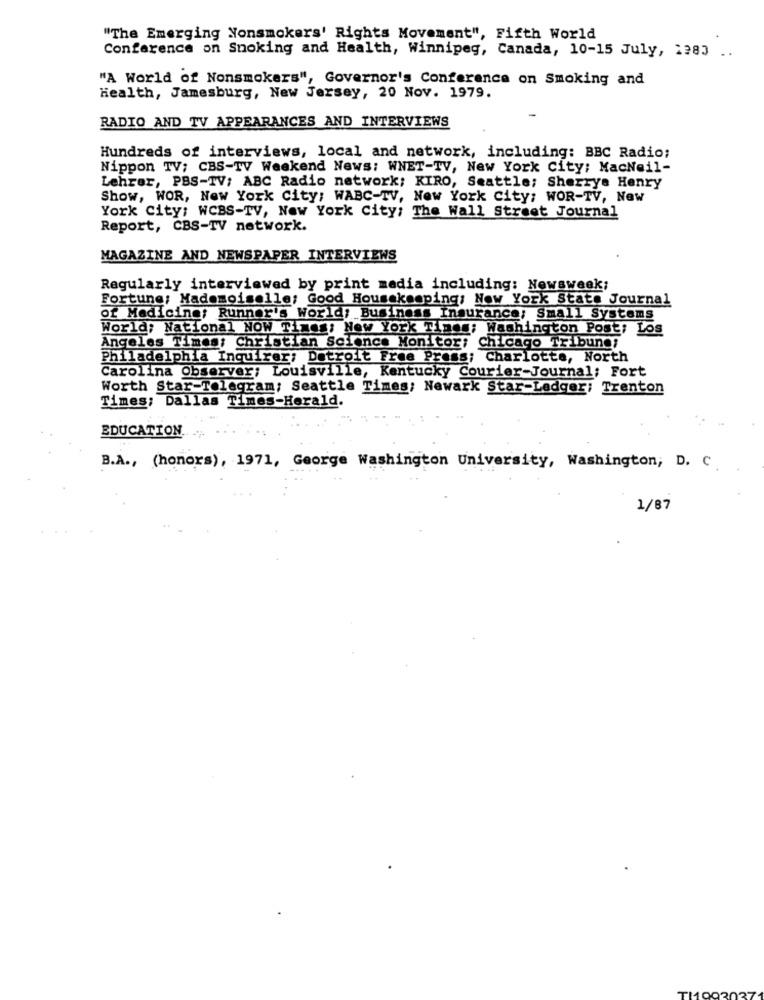
"The Emerging Nonsmokers' Rights Movement", Fifth World
Conference on Smoking and Health, Winnipeg, Canada, 10-15 July, 1983 ..
"A World of Nonsmokers", Governor's Conference on Smoking and
Health, Jamesburg, New Jersey, 20 Nov. 1979.
RADIO AND TV APPEARANCES AND INTERVIEWS
Hundreds of interviews, local and network, including: BBC Radio;
Nippon TV; CBS-TV Weekend News: WNET-TV, New York City; MacNeil-
Lehrer, PBS-TV; ABC Radio network; KIRO, Seattle; Sherrya Henry
Show, WOR, New York City; WABC-TV, New York City: WOR-TV, New
York City; WCBS-TV, New York City; The Wall Street Journal
Report, CBS-TV network.
MAGAZINE AND NEWSPAPER INTERVIEWS
Regularly interviewed by print media including: Newsweek;
Fortune: Mademoiselle; Good Housekeeping: New York State Journal
of Medicine; Runner's World, Business Insurance; Small Systems
World; National NOW Times; New York Times; Washington Post: Los
Angeles Times; Christian Science Monitor: Chicago Tribune;
Philadelphia Inquirer; Detroit Free Press: Charlotte, North
Carolina Observer: Louisville, Kentucky Courier-Journal; Fort
Worth Star-Telegram; Seattle Times; Newark Star-Ledger: Trenton
Times; Dallas Times-Herald.
EDUCATION.
B.A ., (honors), 1971, George Washington University, Washington, D. C.
1/87